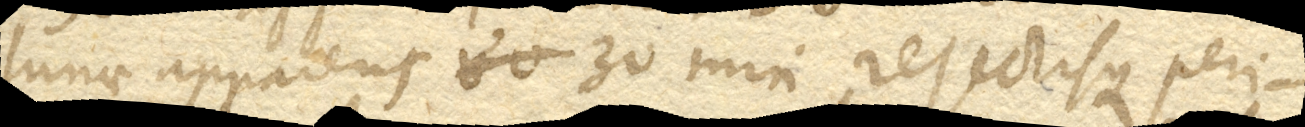
lunae apparens 30’ min. rejectisque peri–